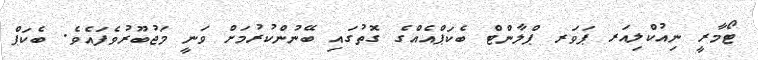
ޓޯމާރީ ނިއުކްލިއަރ ޕަވަރ ޕްލާންޓް ބެކަޕްއެއްގެ ގޮތުގައި ބޭނުންކުރުމަށް ވަނީ މަޖުބޫރުވެފައެެވެ. ބެކަޕް